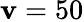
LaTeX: \mathbf{v}=50